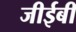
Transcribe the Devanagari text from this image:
जीईबी